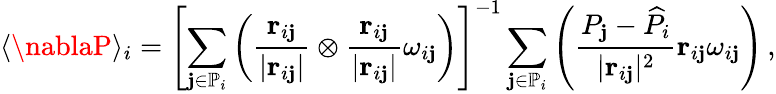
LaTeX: \langle\nablaP\rangle_{i}=\left[\sum_{\mathbf{j}\in\mathbb{{P}}_{i}}\left(\frac{{\mathbf{{r}}_{i\mathbf{j}}}}{{\vert\mathbf{{r}}_{i\mathbf{j}}\vert}}\otimes\frac{{\mathbf{{r}}_{i\mathbf{j}}}}{{\vert\mathbf{{r}}_{i\mathbf{j}}\vert}}\omega_{i\mathbf{j}}\right)\right]^{-1}\sum_{\mathbf{j}\in\mathbb{{P}}_{i}}\left(\frac{{P_{\mathbf{j}}-\widehat{{P}}_{i}}}{{\vert\mathbf{{r}}_{i\mathbf{j}}\vert^{2}}}\mathbf{{r}}_{i\mathbf{j}}\omega_{i\mathbf{j}}\right)\, ,